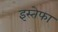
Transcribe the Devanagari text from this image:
इस्तेफा